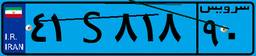
۴۲S۵۶۹۲۰